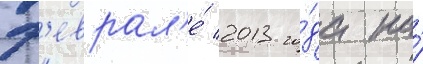
ф'еврал'е́ 2013 го́да на́